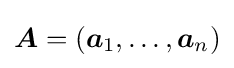
{\boldsymbol {A}}=({\boldsymbol {a}}_{1},\ldots ,{\boldsymbol {a}}_{n})